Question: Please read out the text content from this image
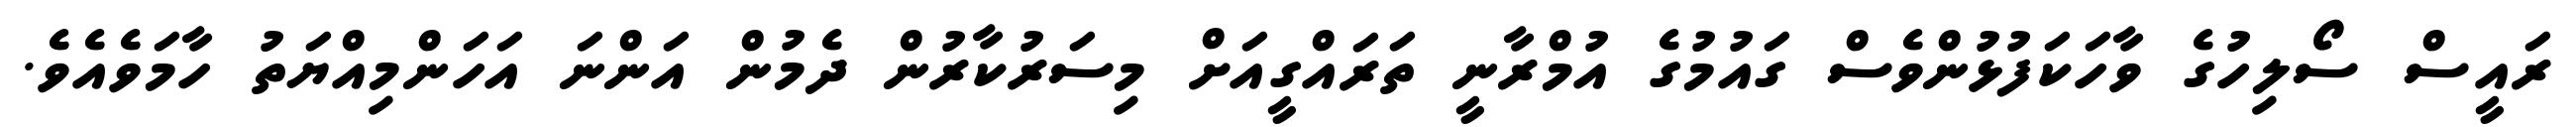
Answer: ރައީސް ސޯލިހުގެ ވާހަކަފުޅުންވެސް ގައުމުގެ އުމްރާނީ ތަރައްގީއަށް މިސަރުކާރުން ދެމުން އަންނަ އަހަންމިއްޔަތު ހާމަވެއެވެ.